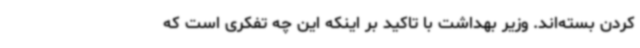
کردن بسته‌اند. وزیر بهداشت با تاکید بر اینکه این چه تفکری است که